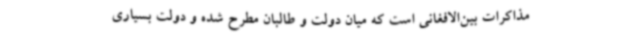
مذاکرات بین‌الافغانی است که میان دولت و طالبان مطرح شده و دولت بسیاری